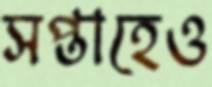
সপ্তাহেও